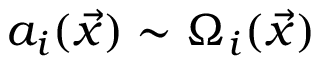
a _ { i } ( \vec { x } ) \sim \Omega _ { i } ( \vec { x } )